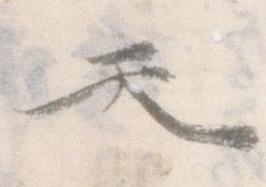
天